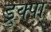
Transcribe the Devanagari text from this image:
ड्रुक्पा